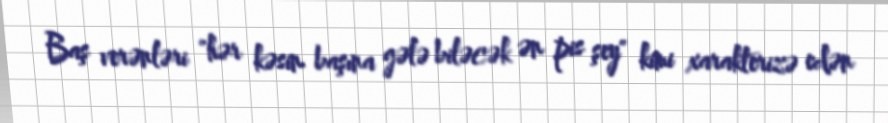
Baş verənləri "hər kəsin başına gələ biləcək ən pis şey" kimi xarakterizə edən